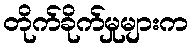
တိုက်ခိုက်မှုများက